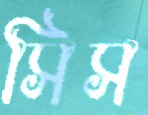
সিস